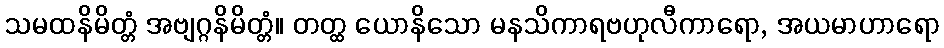
သမထနိမိတ္တံ အဗျဂ္ဂနိမိတ္တံ။ တတ္ထ ယောနိသော မနသိကာရဗဟုလီကာရော, အယမာဟာရော